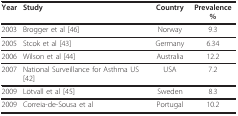
<table><thead><tr><td><b>Year</b></td><td><b>Study</b></td><td><b>Country</b></td><td><b>Prevalence %</b></td></tr></thead><tbody><tr><td>2003</td><td>Brogger et al [46]</td><td>Norway</td><td>9.3</td></tr><tr><td>2005</td><td>Stcok et al [43]</td><td>Germany</td><td>6.34</td></tr><tr><td>2006</td><td>Wilson et al [44]</td><td>Australia</td><td>12.2</td></tr><tr><td>2007</td><td>National Surveillance for Asthma US [42]</td><td>USA</td><td>7.2</td></tr><tr><td>2009</td><td>Lötvall et al [45]</td><td>Sweden</td><td>8.3</td></tr><tr><td>2009</td><td>Correia-de-Sousa et al</td><td>Portugal</td><td>10.2</td></tr></tbody></table>